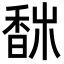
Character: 𩡀